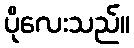
ပိုလေးသည်။